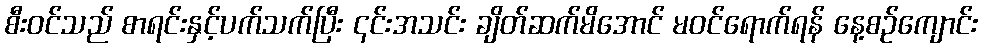
စီး၀င်သည် စာရင်းနှင့်ပက်သက်ပြီး ၎င်းအသင်း ချိတ်ဆက်မိအောင် မဝင်ရောက်ရန် နေ့စဉ်ကျောင်း